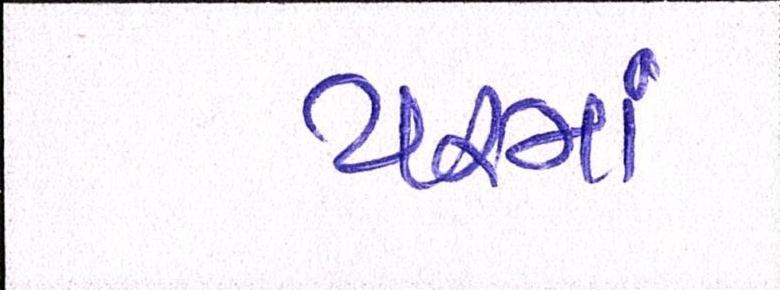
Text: યરમાં